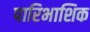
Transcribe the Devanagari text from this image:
पारिभाशिक